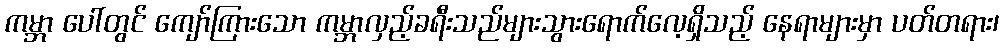
ကမ္ဘာ ပေါ်တွင် ကျော်ကြားသော ကမ္ဘာလှည့်ခရီးသည်များသွားရောက်လေ့ရှိသည့် နေရာများမှာ ပတ်တရား၊